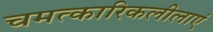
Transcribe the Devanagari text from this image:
चमत्कारिकलीलाएं